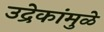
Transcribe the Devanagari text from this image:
उद्रेकांमुळे